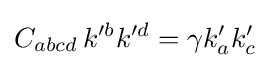
C_{abcd}\,k'^{b}k'^{d}=\gamma k'_{a}k'_{c}